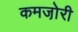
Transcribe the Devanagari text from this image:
कमजो़री